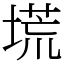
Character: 塃